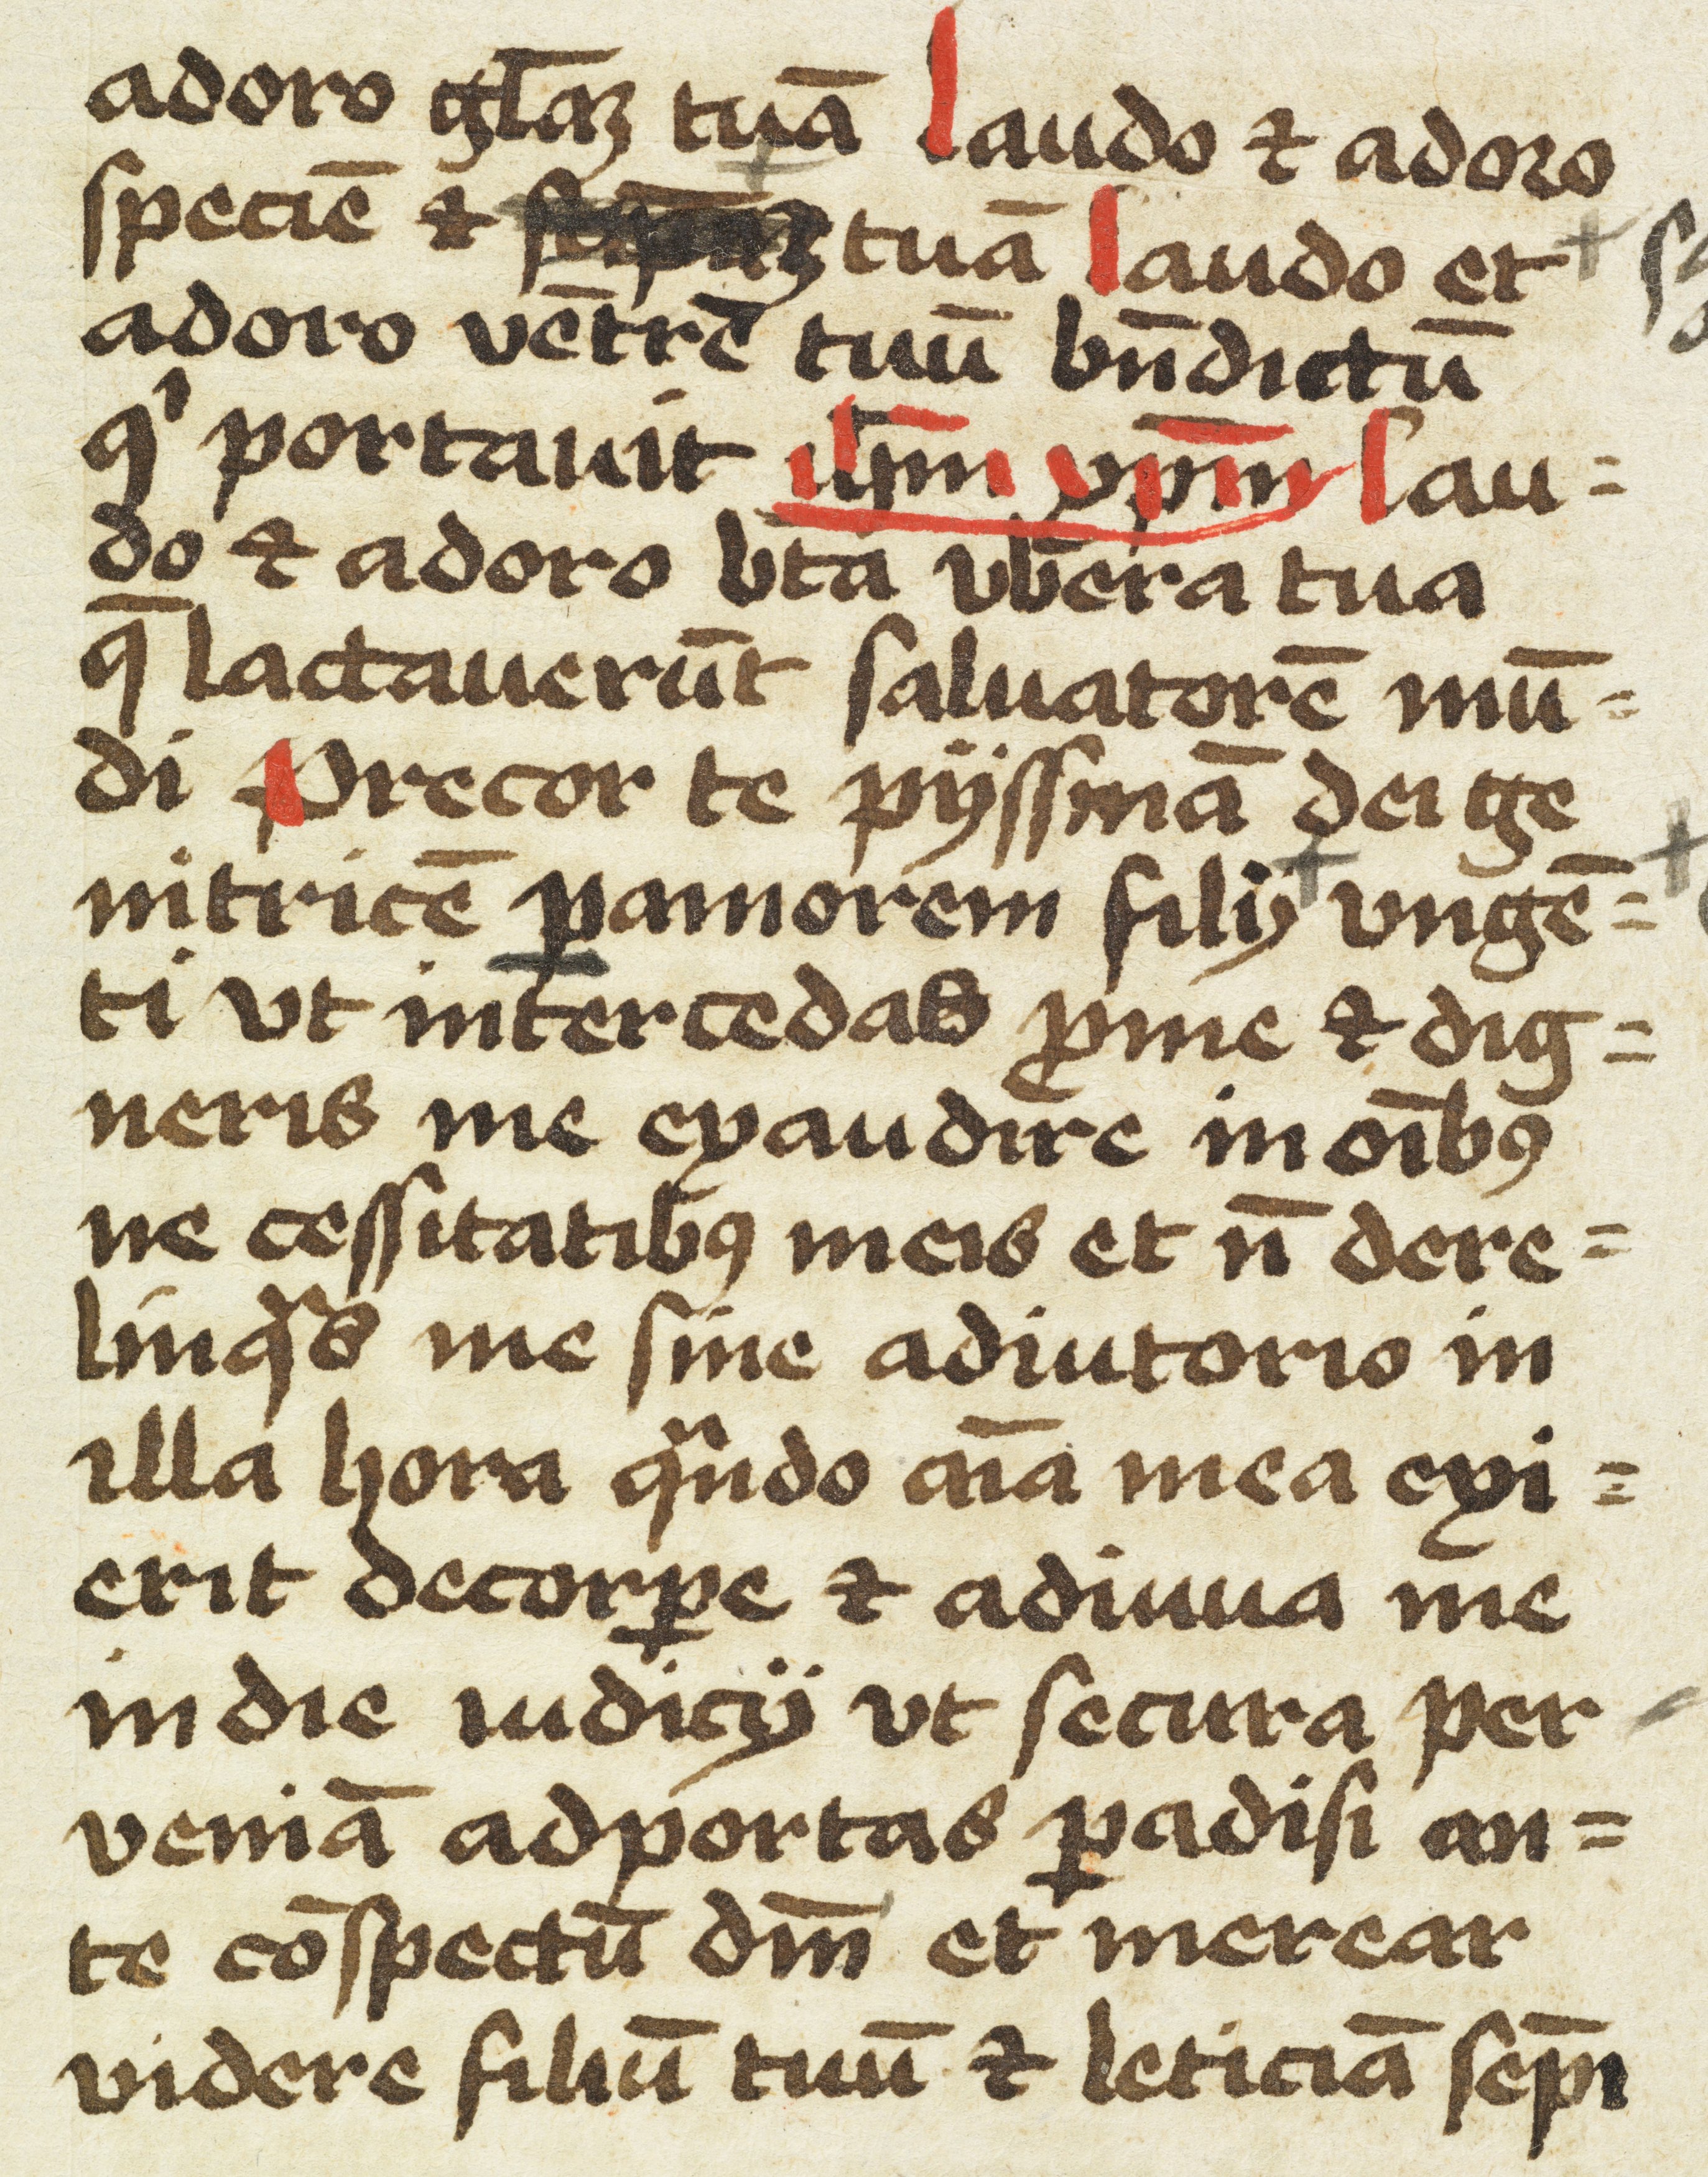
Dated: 1450–1499